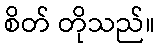
စိတ် တိုသည်။